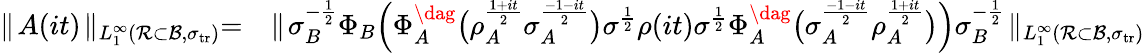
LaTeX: \begin{array}{rl}{\parallel\! A(it)\! \parallel_{L_{1}^{\infty}({\mathcal R}\subset{\mathcal{B}},\sigma_{{\mathrm{tr}}})}=}&{\parallel\! \sigma_{B}^{-\frac{1}{2}}\Phi_{B}\Big(\Phi_{A}^{\dag}\big(\rho_{A}^{\frac{1+it}{2}}\sigma_{A}^{\frac{-1-it}{2}}\big)\sigma^{\frac{1}{2}}\rho(it)\sigma^{\frac{1}{2}}\Phi_{A}^{\dag}\big(\sigma_{A}^{\frac{-1-it}{2}}\rho_{A}^{\frac{1+it}{2}}\big)\Big)\sigma_{B}^{-\frac{1}{2}}\! \parallel_{L_{1}^{\infty}({\mathcal R}\subset{\mathcal{B}},\sigma_{{\mathrm{tr}}})}}\end{array}